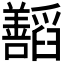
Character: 𬚁